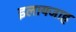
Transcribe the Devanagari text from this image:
इलायजाह